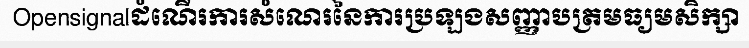
Opensignalដំណើរការសំណេរនៃការប្រឡងសញ្ញាបត្រមធ្យមសិក្សា